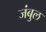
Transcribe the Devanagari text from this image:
जंबुल